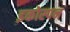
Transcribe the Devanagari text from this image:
इकोस्पन